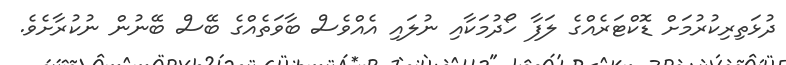
ދުޅަތިރިކުރުމަށް ޑޮކްޓަރެއްގެ ލަފާ ހޯދުމަކާއި ނުލައި އެއްވެސް ބާވަތެއްގެ ބޭސް ބޭނުން ނުކުރާށެވެ.